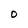
Character: D